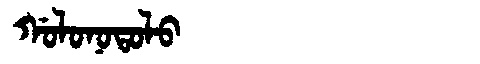
Manchu: ᡤᠣᠯᠣᠨᠣᡨᠣᠯᠣ
Romanization: GOLONOTOLO